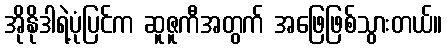
အိုနိုဒါရဲ့ပုံပြင်က ဆူဇူကီအတွက် အဖြေဖြစ်သွားတယ်။